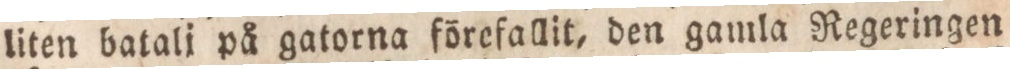
liten batali på gatorna förefallit, den gamla Regeringen